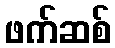
ဖက်ဆစ်